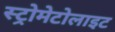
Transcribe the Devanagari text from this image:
स्ट्रोमेटोलाइट